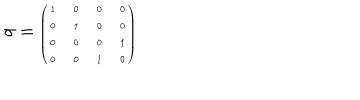
LaTeX: \sigma = { \tiny \left( \begin{array} { c c c c } { { 1 } } & { { 0 } } & { { 0 } } & { { 0 } } \\ { { 0 } } & { { 1 } } & { { 0 } } & { { 0 } } \\ { { 0 } } & { { 0 } } & { { 0 } } & { { 1 } } \\ { { 0 } } & { { 0 } } & { { 1 } } & { { 0 } } \\ \end{array} \right) }